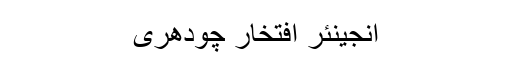
انجینئر افتخار چودھری